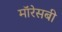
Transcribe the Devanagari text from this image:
मॉरेसबी